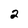
Character: 2